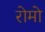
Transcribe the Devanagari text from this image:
रोमो